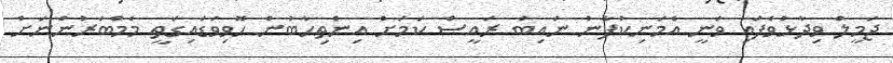
ޖަމީލް ވިދާޅުވެފައި ވަނީ އެމަނިކުފާނު ނައިބު ރައީސް ކަމަށް އިންތިހާބުން ހޮވިވަަޑައިގަތީ މެމްބަރުންނަށް